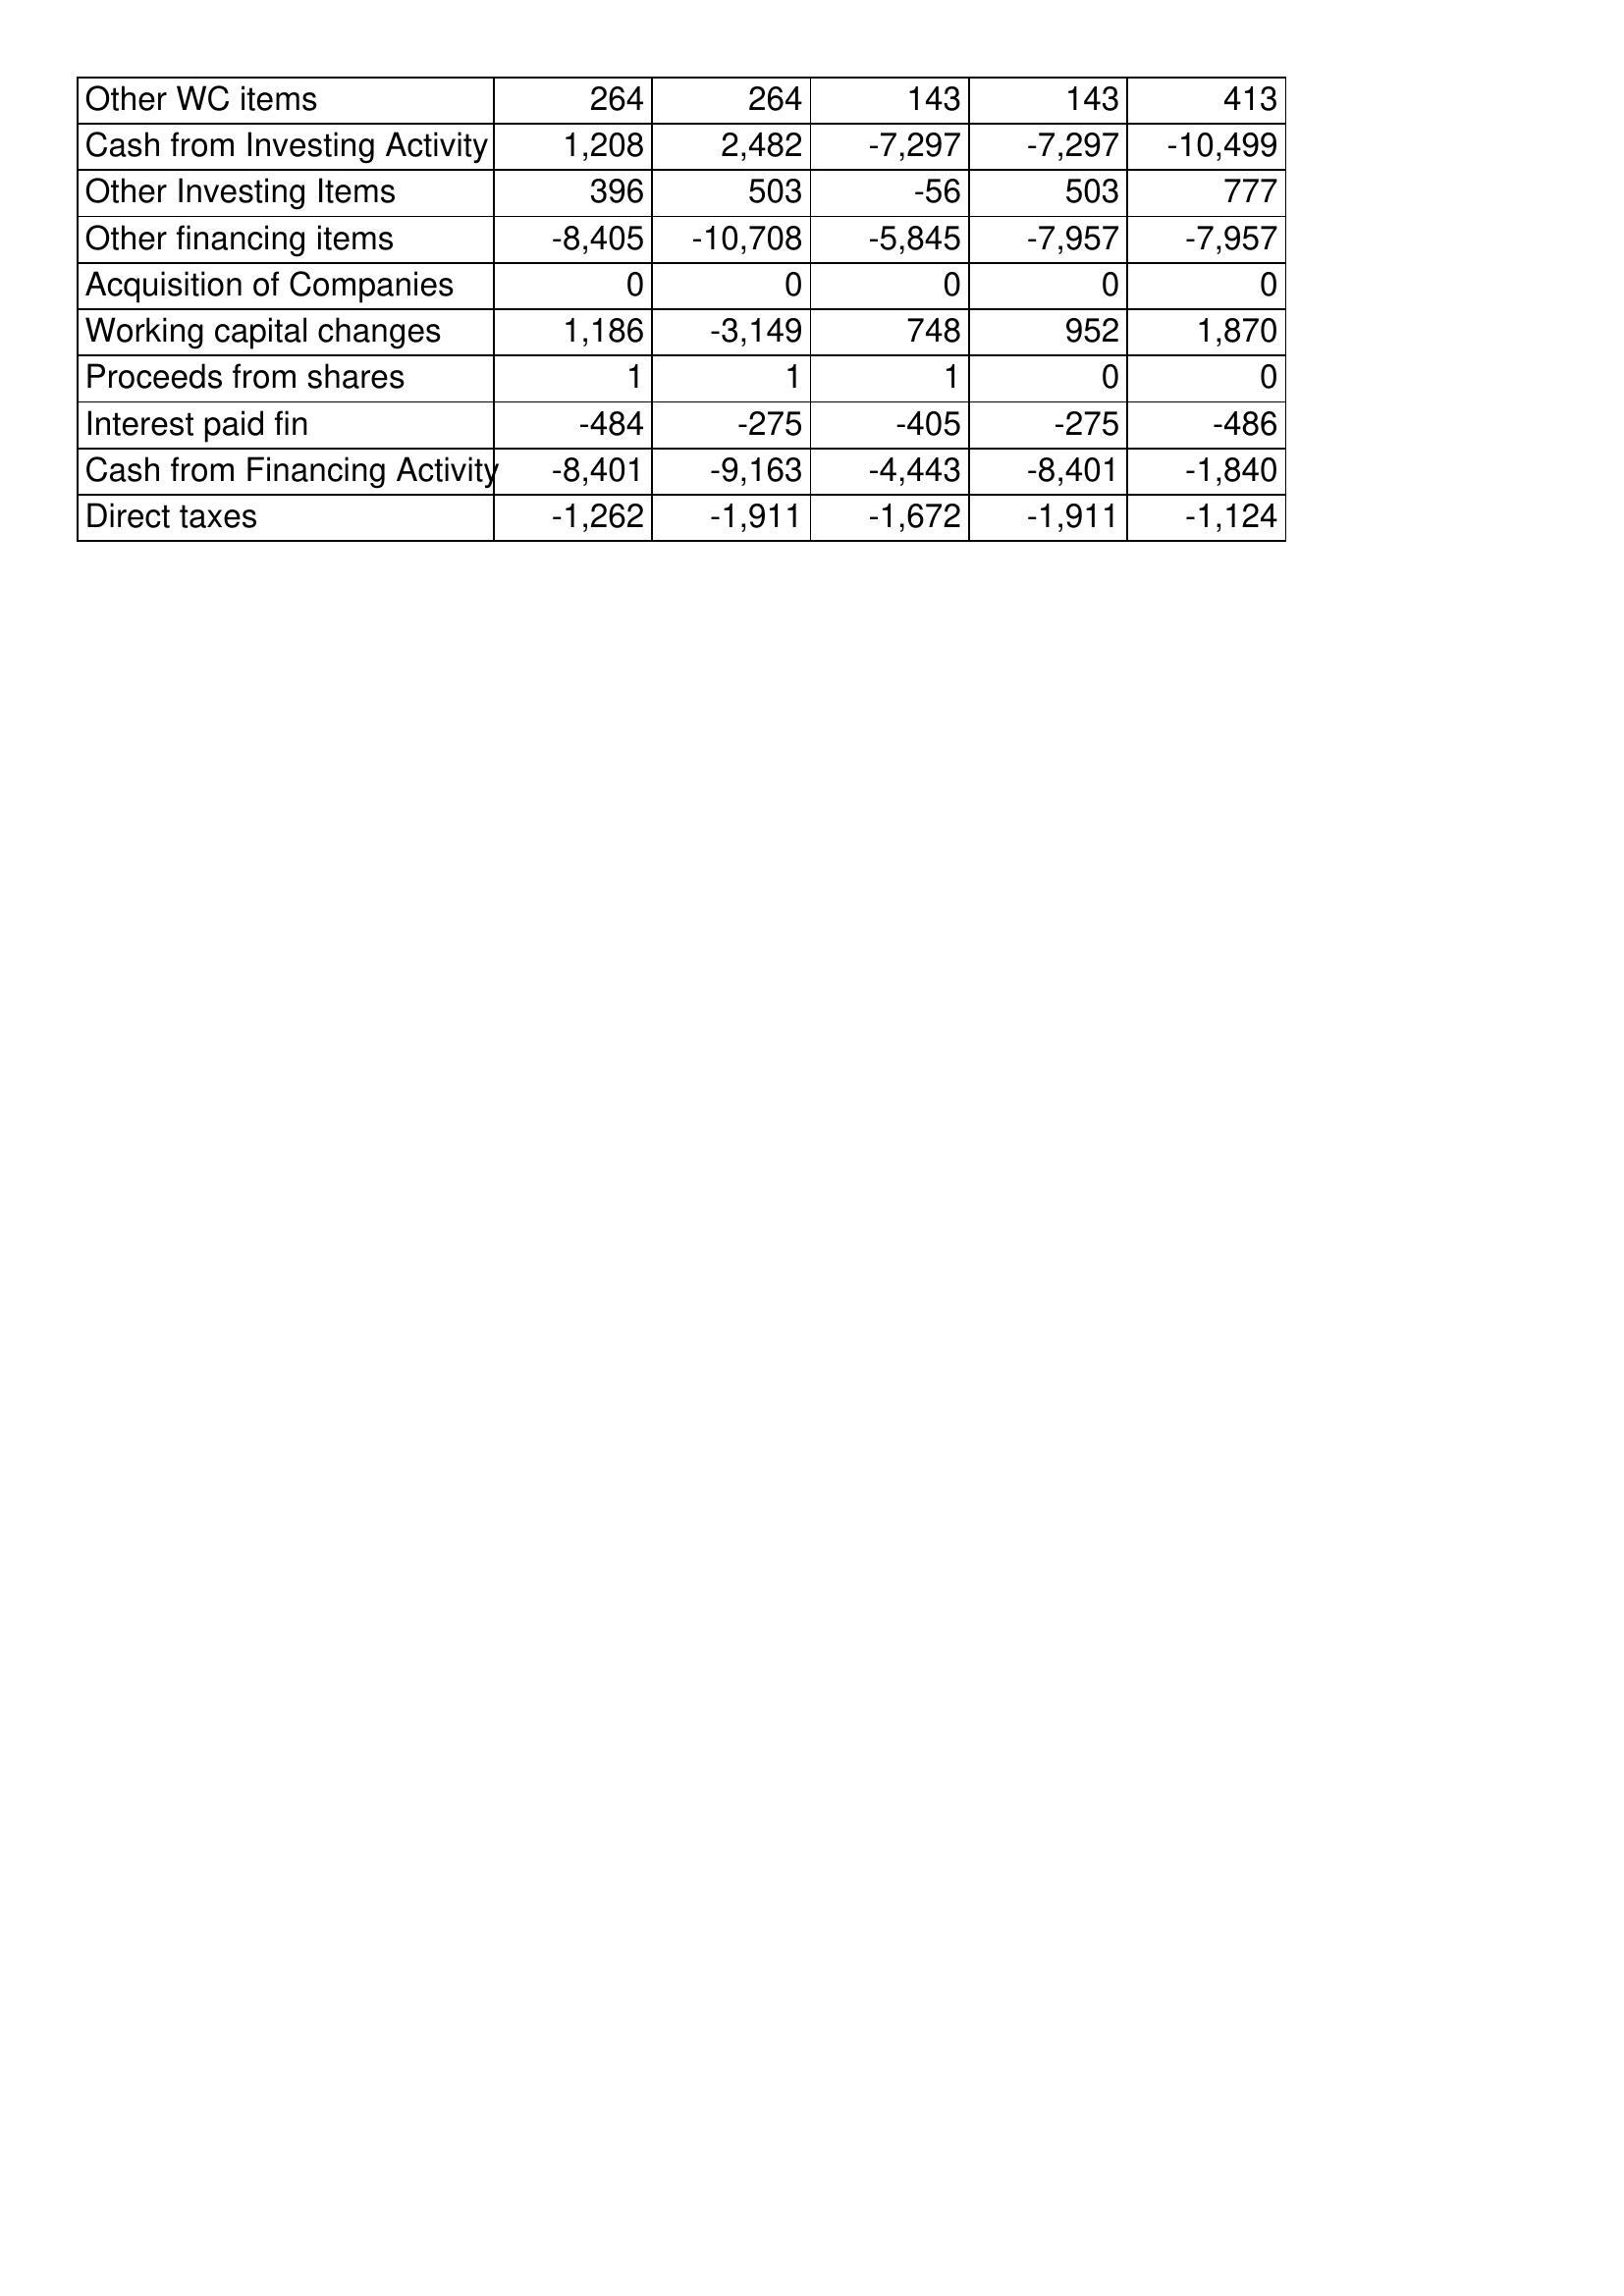
May-08: Cash Flows: Other WC items: 264
Cash from Investing Activity: 1,208
Other Investing Items: 396
Other financing items: -8,405
Acquisition of Companies: 0
Working capital changes: 1,186
Proceeds from shares: 1
Interest paid fin: -484
Cash from Financing Activity: -8,401
Direct taxes: -1,262
May-07: Cash Flows: Other WC items: 264
Cash from Investing Activity: 2,482
Other Investing Items: 503
Other financing items: -10,708
Acquisition of Companies: 0
Working capital changes: -3,149
Proceeds from shares: 1
Interest paid fin: -275
Cash from Financing Activity: -9,163
Direct taxes: -1,911
May-06: Cash Flows: Other WC items: 143
Cash from Investing Activity: -7,297
Other Investing Items: -56
Other financing items: -5,845
Acquisition of Companies: 0
Working capital changes: 748
Proceeds from shares: 1
Interest paid fin: -405
Cash from Financing Activity: -4,443
Direct taxes: -1,672
May-05: Cash Flows: Other WC items: 143
Cash from Investing Activity: -7,297
Other Investing Items: 503
Other financing items: -7,957
Acquisition of Companies: 0
Working capital changes: 952
Proceeds from shares: 0
Interest paid fin: -275
Cash from Financing Activity: -8,401
Direct taxes: -1,911
May-04: Cash Flows: Other WC items: 413
Cash from Investing Activity: -10,499
Other Investing Items: 777
Other financing items: -7,957
Acquisition of Companies: 0
Working capital changes: 1,870
Proceeds from shares: 0
Interest paid fin: -486
Cash from Financing Activity: -1,840
Direct taxes: -1,124